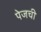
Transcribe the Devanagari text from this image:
पेजची